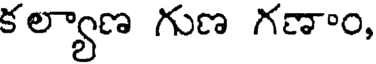
కల్యాణ గుణ గణాం,